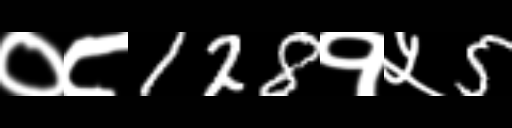
Text: ०८128१५5